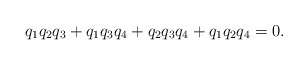
\begin{align*}q_1 q_2 q_3 +q_1 q_3 q_4 +q_2 q_3 q_4 +q_1 q_2 q_4=0.\end{align*}